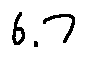
6 . 7